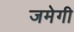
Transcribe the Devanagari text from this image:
जमेगी